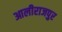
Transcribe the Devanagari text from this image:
आलीराजपुर